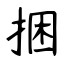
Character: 捆